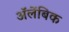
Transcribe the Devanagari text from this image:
अॅलेंबिक